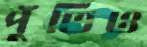
পুঁতিও